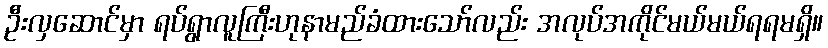
ဦးလှဆောင်မှာ ရပ်ရွာလူကြီးဟုနာမည်ခံထားသော်လည်း အလုပ်အကိုင်မယ်မယ်ရရမရှိ။